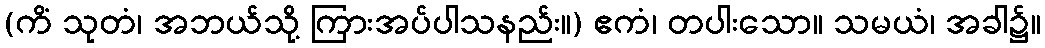
(ကိံ သုတံ၊ အဘယ်သို့ ကြားအပ်ပါသနည်း။) ဧကံ၊ တပါးသော။ သမယံ၊ အခါ၌။